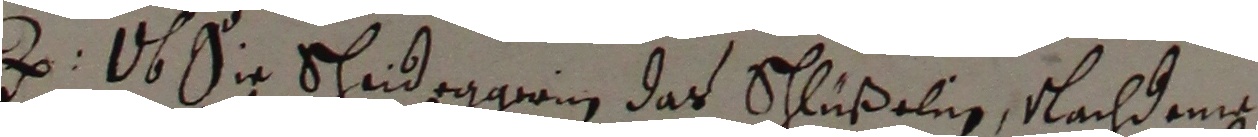
z us die Schuideggerin das schlüßelin, Nachdeme